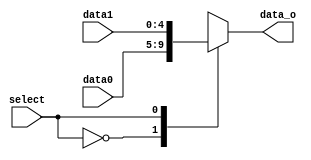
module MUX5b(
	input [4:0]data0,
	input [4:0]data1,
	input select,
	output reg [4:0]data_o);

initial data_o=0;

always @(data0,data1)begin
case(select)
	1'b0:data_o=data0;
	1'b1:data_o=data1;
endcase
end
endmodule